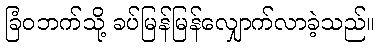
ခြံဝဘက်သို့ ခပ်မြန်မြန်လျှောက်လာခဲ့သည်။